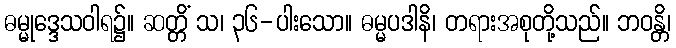
ဓမ္မုဒ္ဒေသဝါရ၌။ ဆတ္တိံ သ၊ ၃၆-ပါးသော။ ဓမ္မပဒါနိ၊ တရားအစုတို့သည်။ ဘဝန္တိ၊